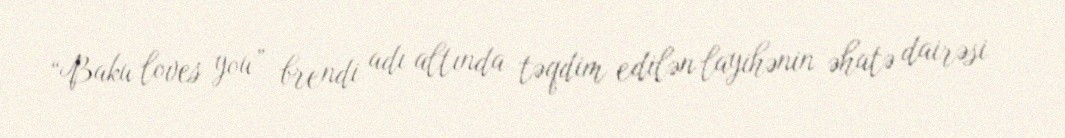
“Baku loves you” brendi adı altında təqdim edilən layihənin əhatə dairəsi